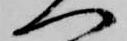
へ